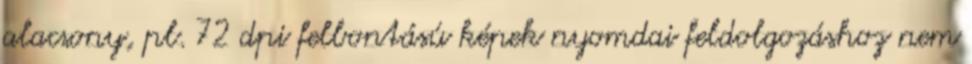
alacsony, pl. 72 dpi felbontású képek nyomdai feldolgozáshoz nem